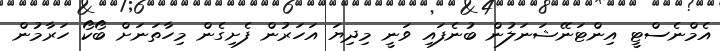
އެމްނެސްޓީ އިންޓަނޭޝަނަލުން ބުނެފައި ވަނީ މިދިޔަ އަހަރުން ފެށިގެން މިހާތަނަށް ބޯކޯ ހަރާމުން